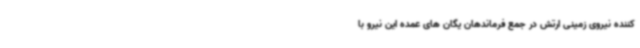
کننده نیروی زمینی ارتش در جمع فرماندهان یگان های عمده این نیرو با